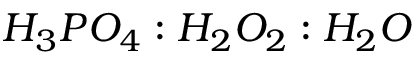
H _ { 3 } P O _ { 4 } : H _ { 2 } O _ { 2 } : H _ { 2 } O